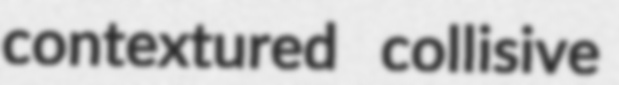
contextured collisive